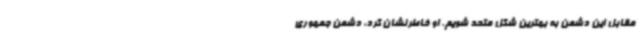
مقابل این دشمن به بهترین شکل متحد شویم. او خاطرنشان کرد، دشمن جمهوری